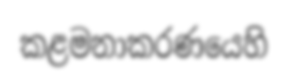
කළමනාකරණයෙහි